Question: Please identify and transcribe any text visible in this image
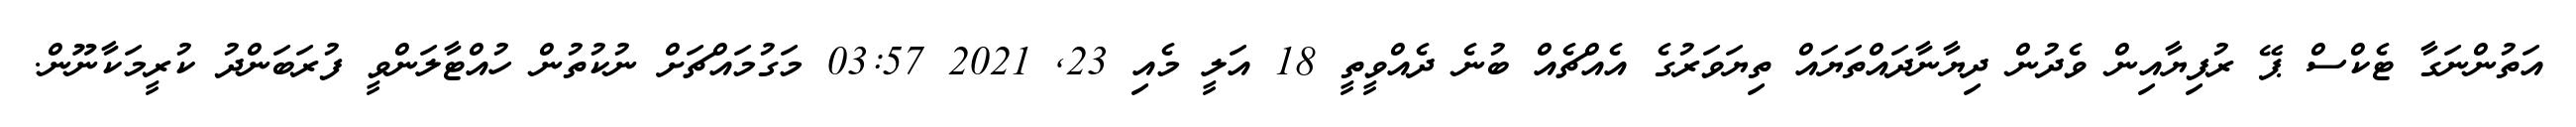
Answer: އަތުންނަގާ ޓެކްސް ޕޭ ރުފިޔާއިން ވެދުން ދިޔާނާދައްތަޔައް ތިޔަވަރުގެ އެއްޗެއް ބުނެ ދެއްވީތީ 18 އަލީ މެއި 23, 2021 03:57 މަގުމައްޗަށް ނުކުތުން ހުއްޓާލަންވީ ފުރަބަންދު ކުރީމަކާނޫން.